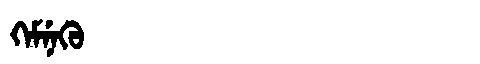
Manchu: ᡴᡝᠮᠨᡝᡴᡠ
Romanization: KEMNEKU